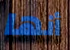
أنها